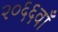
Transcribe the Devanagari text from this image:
२०६६वाँ